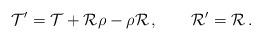
LaTeX: \begin{align*}{\cal T}'={\cal T}+{\cal R}\rho-\rho {\cal R}\, ,\qquad {\cal R}'={\cal R}\, .\end{align*}